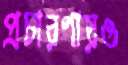
প্রচারণায়ও